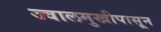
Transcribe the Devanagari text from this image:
ज्वालमुखीपासून